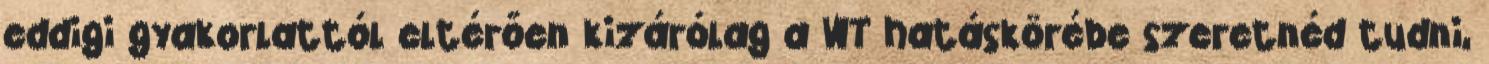
eddigi gyakorlattól eltérően kizárólag a WT hatáskörébe szeretnéd tudni,